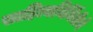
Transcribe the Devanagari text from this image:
साहित्यनिर्मितीचे